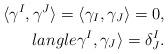
LaTeX: \begin{align*}\langle \gamma^I, \gamma^J \rangle = \langle \gamma_I, \gamma_J \rangle =0, \\langle \gamma^I, \gamma_J \rangle =\delta^I_J.\end{align*}